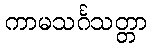
ကာမသင်္ဂသတ္တာ